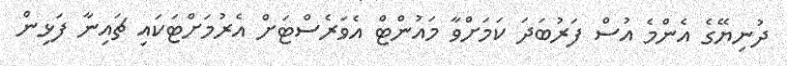
ދުނިޔޭގެ އެންމެ އުސް ފަރުބަދަ ކަމަށްވާ މައުންޓް އެވަރެސްޓަށް އެރުމަށްޓަކައި ޗައިނާ ފަޅިން